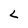
Character: L